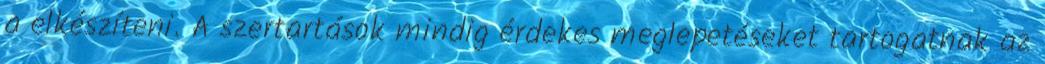
a elkészíteni. A szertartások mindig érdekes meglepetéseket tartogatnak az